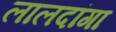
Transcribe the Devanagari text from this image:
लालदांगा